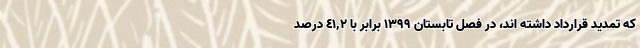
که تمدید قرارداد داشته اند، در فصل تابستان ١٣٩٩ برابر با ٤١,٢ درصد